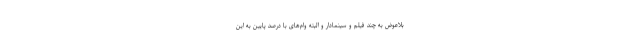
بلاعوض به چند فیلم و سینمادار و البته وام‌های با درصد پایین به این